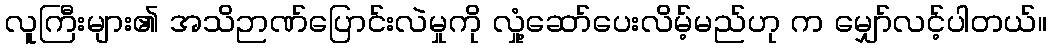
လူကြီးများ၏ အသိဉာဏ်ပြောင်းလဲမှုကို လှုံ့ဆော်ပေးလိမ့်မည်ဟု က မျှော်လင့်ပါတယ်။